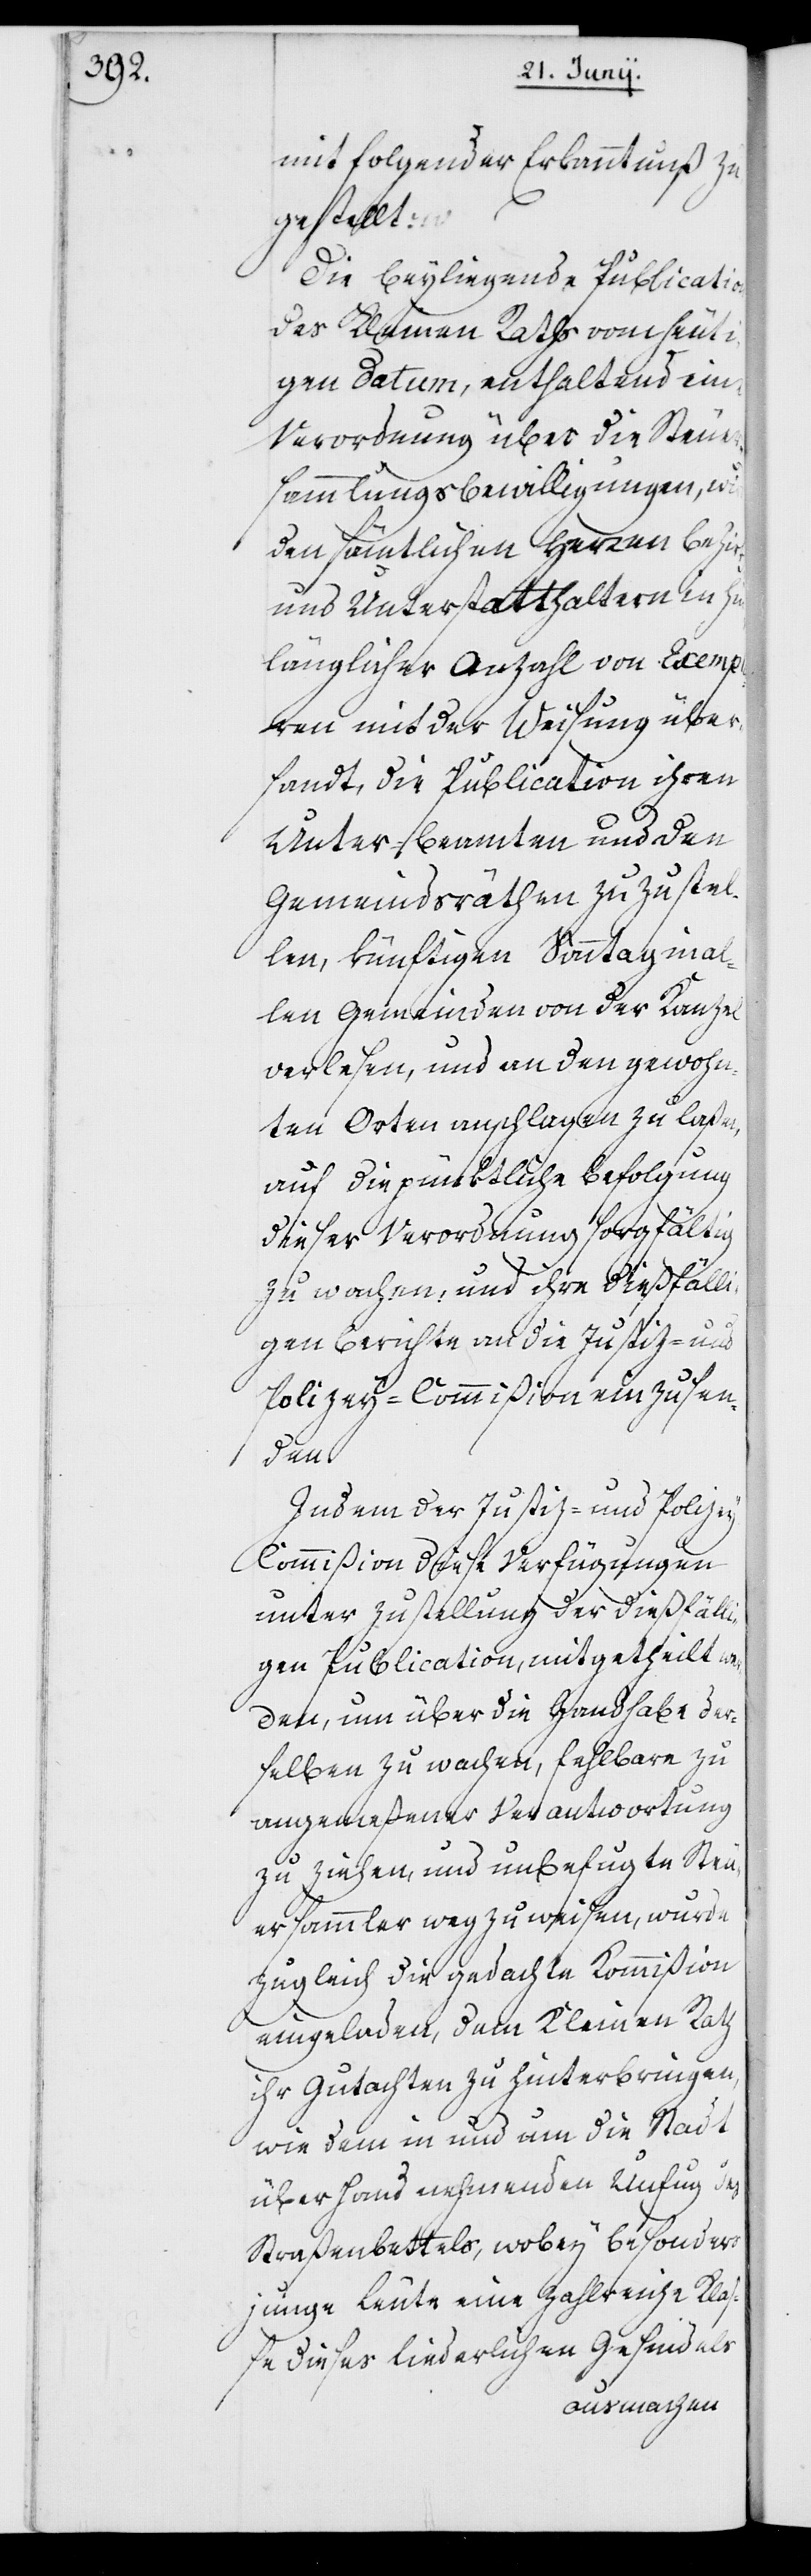
mit folgender Erkanntnuß zu¬
gestellt:
Die beyliegende Publikation
des Kleinen Raths vom heut¬
igen Datum, enthaltend eine
Verordnung über die Steuer¬
sammlungs-Bewilligungen, wird
den sämtlichen Herren Bezirks-
und Unterstatthaltern in hin¬
länglicher Anzahl von Exempl¬
aren mit der Weisung über¬
sandt, die Publikation ihren
Unterbeamten und den
Gemeindsräthen zuzustel¬
len, künftigen Sonntag in al¬
len Gemeinden von der Kanzel
verlesen, und an den gewohn¬
ten Orten anschlagen zu laßen,
auf die pünktliche Befolgung
dieser Verordnung sorgfältig
zu wachen, und ihre dießfälli¬
gen Berichte an die Justiz- und
Polizey-Commißion einzusen¬
den.
Indem der Justiz- und Polize¬
y-Commißion diese Verfügungen
unter Zustellung der dießfälli¬
gen Publikation mitgeteilt we¬
rden, um über die Handhabe der¬
selben zu wachen, Fehlbare zu
angemeßener Verantwortung
zu ziehen, und unbefugte Steu¬
ersammler wegzuweisen, wurde
zugleich die gedachte Kommißion
eingeladen, dem Kleinen Rath
ihr Gutachten zu hinterbringen,
wie dem in und um die Stadt
überhand nehmenden Unfug des
Straßenbettels, wobei besonders
junge Leute eine zahlreiche Kla¬
ße dieses liederlichen Gesindels